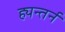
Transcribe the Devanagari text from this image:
ह्यन्तर्न